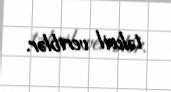
təhvil veriblər.